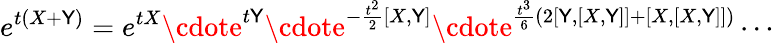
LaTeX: e^{t(X+\mathsf{Y})}=e^{tX}\cdote^{t\mathsf{Y}}\cdote^{-\frac{{t^{2}}}{{2}}[X,\mathsf{Y}]}\cdote^{\frac{{t^{3}}}{{6}}(2[\mathsf{Y},[X,\mathsf{Y}]]+[X,[X,\mathsf{Y}]])}\cdots